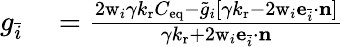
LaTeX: \begin{array}{rl}{g_{\bar{i}}}&{{}=\frac{2\mathrm{w}_{i}{\gamma k_{\mathrm{r}}C_{\mathrm{eq}}-\tilde{g}_{i}\left[{\gamma k_{\mathrm{r}}-2\mathrm{w}_{i}\mathbf{e}_{\bar{i}}\cdot\mathbf{n}}\right]}}{{\gamma k_{\mathrm{r}}+2\mathrm{w}_{i}\mathbf{e}_{\bar{i}}\cdot\mathbf{n}}}}\end{array}